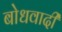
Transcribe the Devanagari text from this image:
बोधवादी